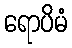
ရောပိမံ